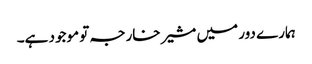
ہمارے دور میں مشیر خارجہ تو موجود ہے۔